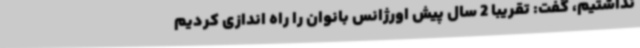
نداشتیم، گفت: تقریبا 2 سال پیش اورژانس بانوان را راه اندازی کردیم